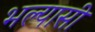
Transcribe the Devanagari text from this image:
भल्यासी